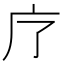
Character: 𭙏